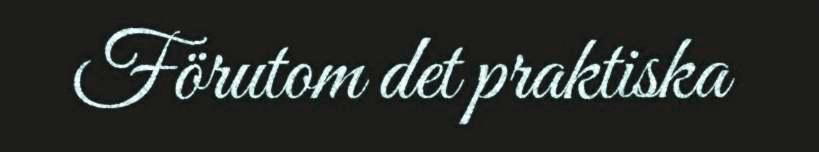
Förutom det praktiska